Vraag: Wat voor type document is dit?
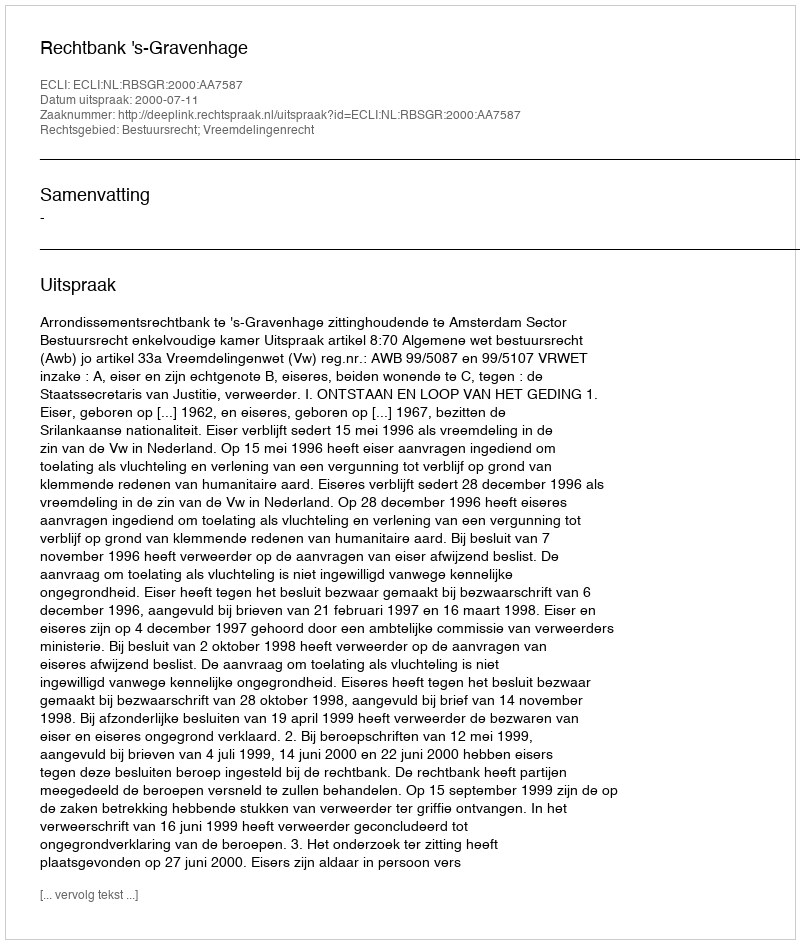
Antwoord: Uitspraak